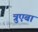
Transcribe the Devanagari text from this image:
त्रुएबा